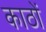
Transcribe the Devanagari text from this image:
काठों